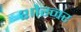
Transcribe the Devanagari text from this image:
शोरनर